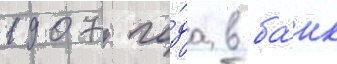
1907 го́да в ба́нк